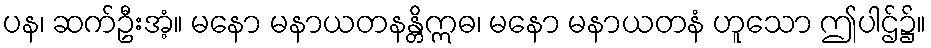
ပန၊ ဆက်ဦးအံ့။ မနော မနာယတနန္တိဣဓ၊ မနော မနာယတနံ ဟူသော ဤပါဌ်၌။